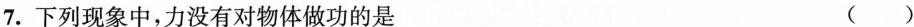
7.下列现象中，力没有对物体做功的是 ()